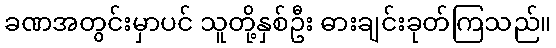
ခဏအတွင်းမှာပင် သူတို့နှစ်ဦး ဓားချင်းခုတ်ကြသည်။